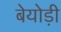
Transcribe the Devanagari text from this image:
बेयोड़ी